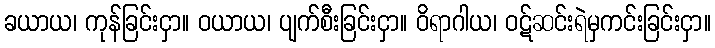
ခယာယ၊ ကုန်ခြင်းငှာ။ ဝယာယ၊ ပျက်စီးခြင်းငှာ။ ဝိရာဂါယ၊ ဝဋ်ဆင်းရဲမှကင်းခြင်းငှာ။